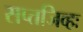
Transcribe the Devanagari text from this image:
सप्तजिव्हः